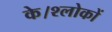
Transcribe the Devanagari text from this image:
के।श्लोकों